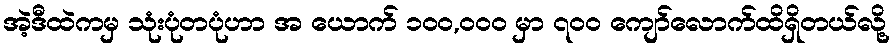
အဲ့ဒီထဲကမှ သုံးပုံတပုံဟာ အ ယောက် ၁၀၀,၀၀၀ မှာ ၇၀၀ ကျော်လောက်ထိရှိတယ်လို့